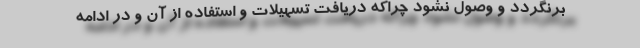
برنگردد و وصول نشود چراکه دریافت تسهیلات و استفاده از آن و در ادامه